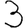
Digit: 3